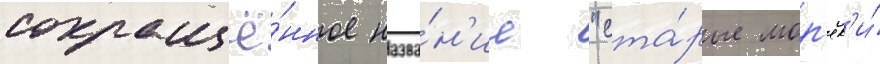
сокращё́нное назва́н'ие "ста́рые мор'як'и́